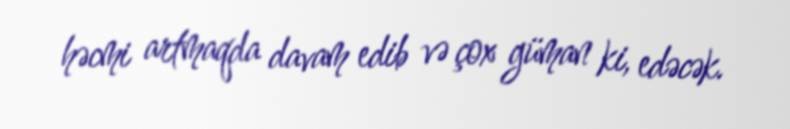
həcmi artmaqda davam edib və çox güman ki, edəcək.